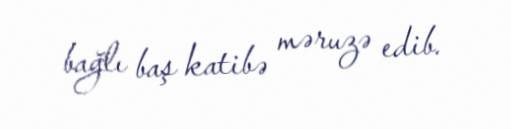
bağlı baş katibə məruzə edib.